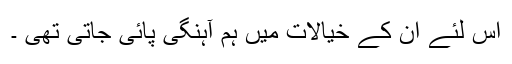
اس لئے ان کے خیالات میں ہم آہنگی پائی جاتی تھی ۔